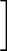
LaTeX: \Big]